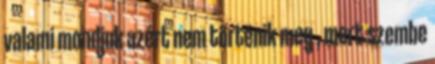
valami mondjuk azért nem történik meg , mert szembe